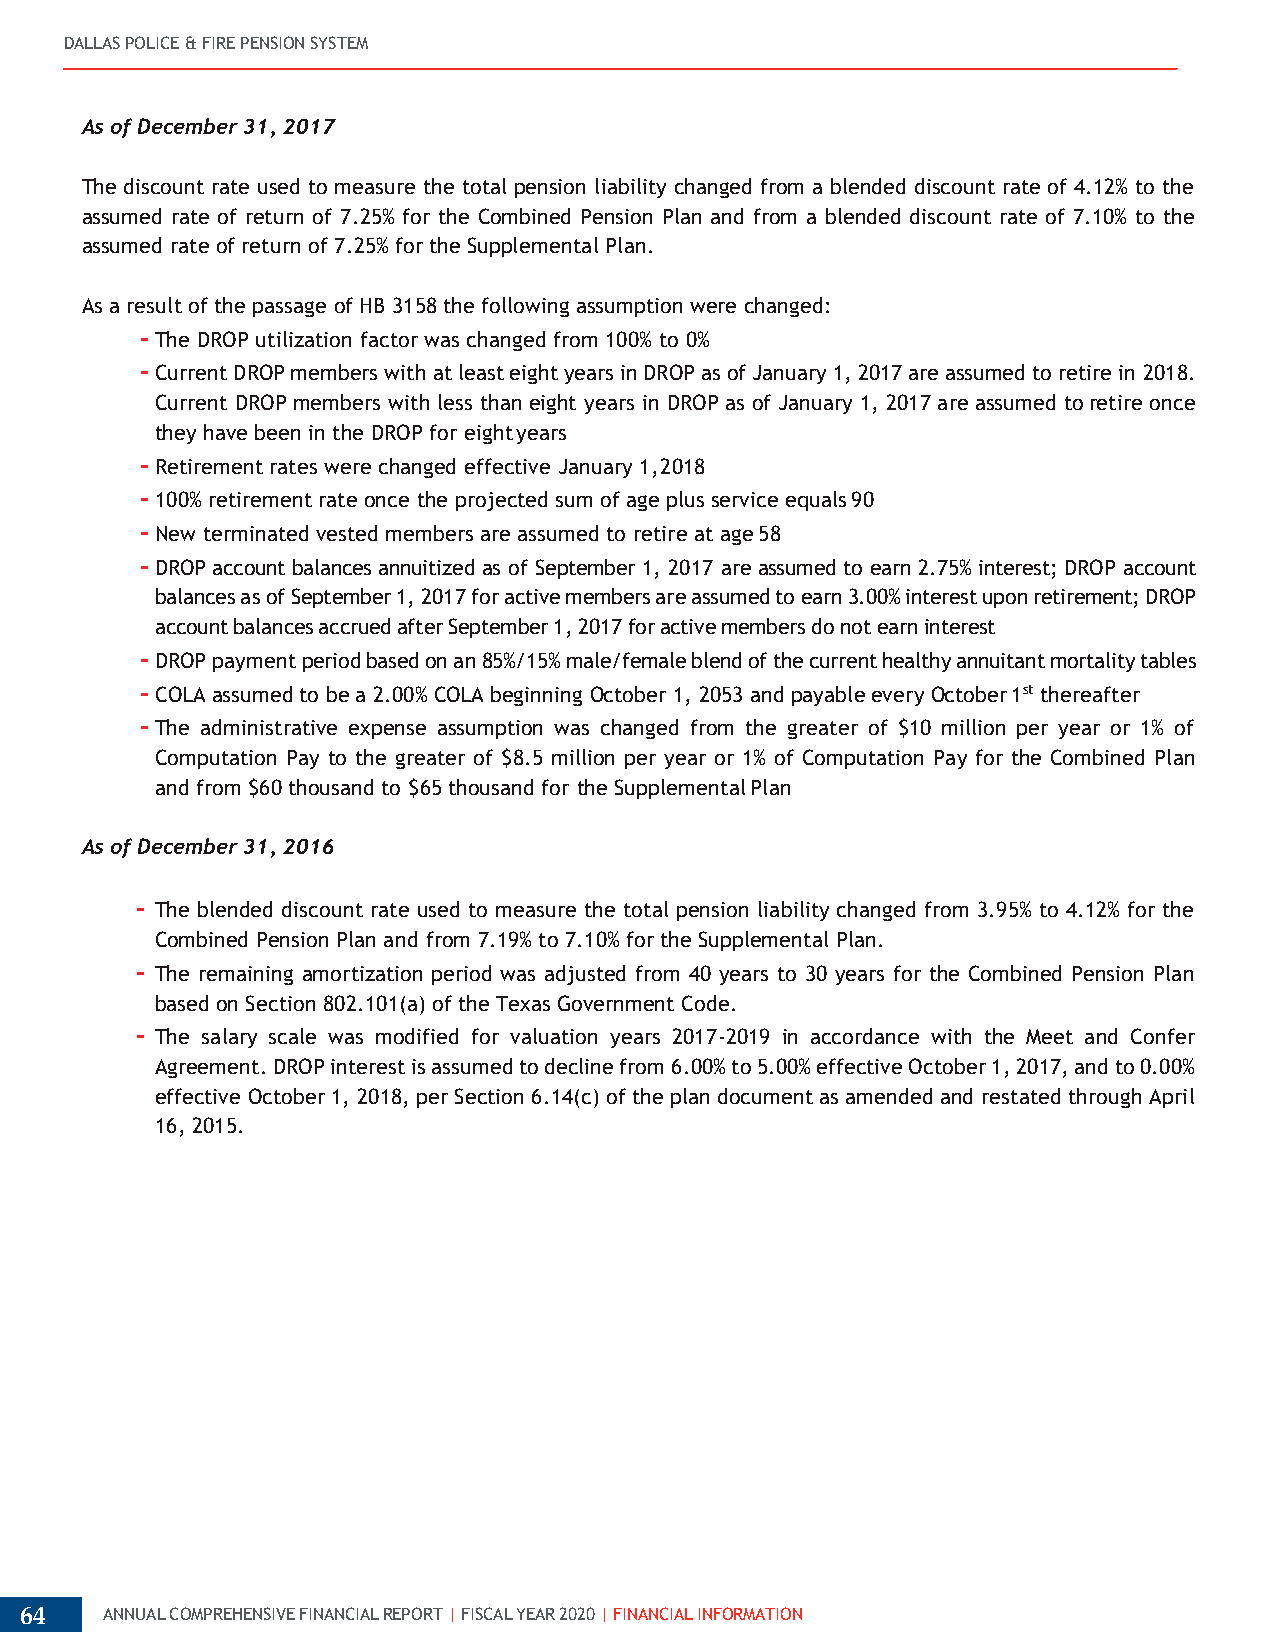
DALLAS POLICE & FIRE PENSION SYSTEM
 As of December 31, 2017
 The discount rate used to measure the total pension liability changed from a blended discount rate of 4.12% to the
 assumed rate of return of 7.25% for the Combined Pension Plan and from a blended discount rate of 7.10% to the
 assumed rate of return of 7.25% for the Supplemental Plan.
 As a result of the passage of HB 3158 the following assumption were changed:
 - The DROP utilization factor was changed from 100% to 0%
 - Current DROP members with at least eight years in DROP as of January 1, 2017 are assumed to retire in 2018.
 Current DROP members with less than eight years in DROP as of January 1, 2017 are assumed to retire once
 they have been in the DROP for eight years
 - Retirement rates were changed effective January 1, 2018
 - 100% retirement rate once the projected sum of age plus service equals 90
 - New terminated vested members are assumed to retire at age 58
 - DROP account balances annuitized as of September 1, 2017 are assumed to earn 2.75% interest; DROP account
 balances as of September 1, 2017 for active members are assumed to earn 3.00% interest upon retirement; DROP
 account balances accrued after September 1, 2017 for active members do not earn interest
 - DROP payment period based on an 85%/15% male/female blend of the current healthy annuitant mortality tables
 - COLA assumed to be a 2.00% COLA beginning October 1, 2053 and payable every October 1st thereafter
 - The administrative expense assumption was changed from the greater of $10 million per year or 1% of
 Computation Pay to the greater of $8.5 million per year or 1% of Computation Pay for the Combined Plan
 and from $60 thousand to $65 thousand for the Supplemental Plan
 As of December 31, 2016
 - The blended discount rate used to measure the total pension liability changed from 3.95% to 4.12% for the
 Combined Pension Plan and from 7.19% to 7.10% for the Supplemental Plan.
 - The remaining amortization period was adjusted from 40 years to 30 years for the Combined Pension Plan
 based on Section 802.101(a) of the Texas Government Code.
 - The salary scale was modified for valuation years 2017-2019 in accordance with the Meet and Confer
 Agreement. DROP interest is assumed to decline from 6.00% to 5.00% effective October 1, 2017, and to 0.00%
 effective October 1, 2018, per Section 6.14(c) of the plan document as amended and restated through April
 16, 2015.
 64    ANNUAL COMPREHENSIVE FINANCIAL REPORT | FISCAL YEAR 2020 | FINANCIAL INFORMATION